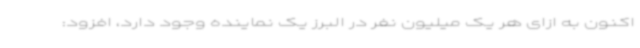
اکنون به ازای هر یک میلیون نفر در البرز یک نماینده وجود دارد، افزود: